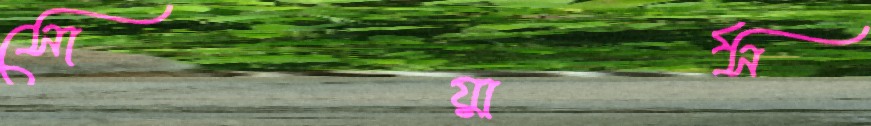
সোয়ার্স